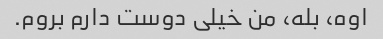
اوه، بله، من خیلی دوست دارم بروم.